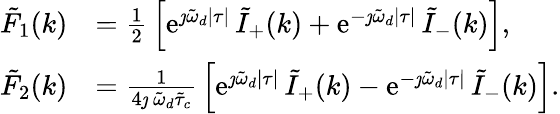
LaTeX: \begin{array}{rl}{\tilde{F}_{1}(k)}&{=\frac{1}{2}\, \left[\mathrm{e}^{\jmath\tilde{\omega}_{d}\lvert\tau\rvert}\, \tilde{I}_{+}(k)+\mathrm{e}^{-\jmath\tilde{\omega}_{d}\lvert\tau\rvert}\, \tilde{I}_{-}(k)\right],}\\ {\tilde{F}_{2}(k)}&{=\frac{1}{4\jmath\, \tilde{\omega}_{d}\tilde{\tau}_{c}}\, \left[\mathrm{e}^{\jmath\tilde{\omega}_{d}\lvert\tau\rvert}\, \tilde{I}_{+}(k)-\mathrm{e}^{-\jmath\tilde{\omega}_{d}\lvert\tau\rvert}\, \tilde{I}_{-}(k)\right].}\end{array}